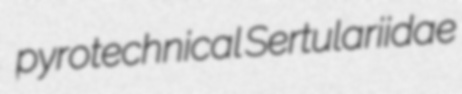
pyrotechnical Sertulariidae